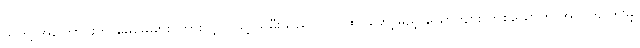
သူတို့ အကြောင်းကို မေမေများ ကြားလျှင် သူ့ သမီးသည် လက်ထပ်တော့မည့် ယောကျ်ား တစ်ယောက် အတွက် ဤမျှ